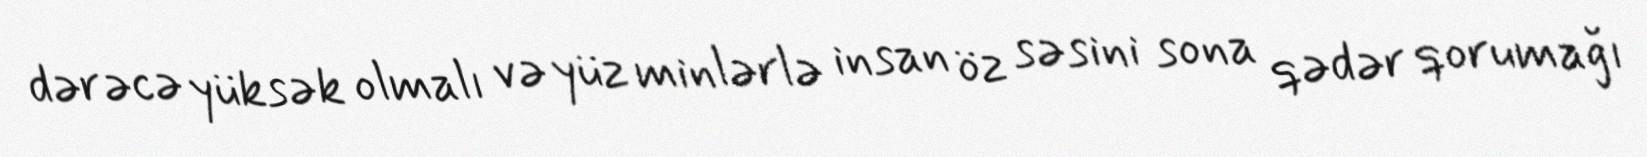
dərəcə yüksək olmalı və yüz minlərlə insan öz səsini sona qədər qorumağı